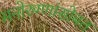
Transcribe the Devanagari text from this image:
मनोरुग्णांसोबत